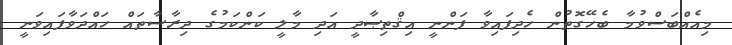
މިއެއްބަސްވުމާ ބެހޭގޮތުން ހެދިފައިވާ ފަންނީ އިޤްތިޞާދީ އަދި މާލީ ކަންކަމުގެ ދިރާސާތައް ހައްދަވާފައިވަނީ